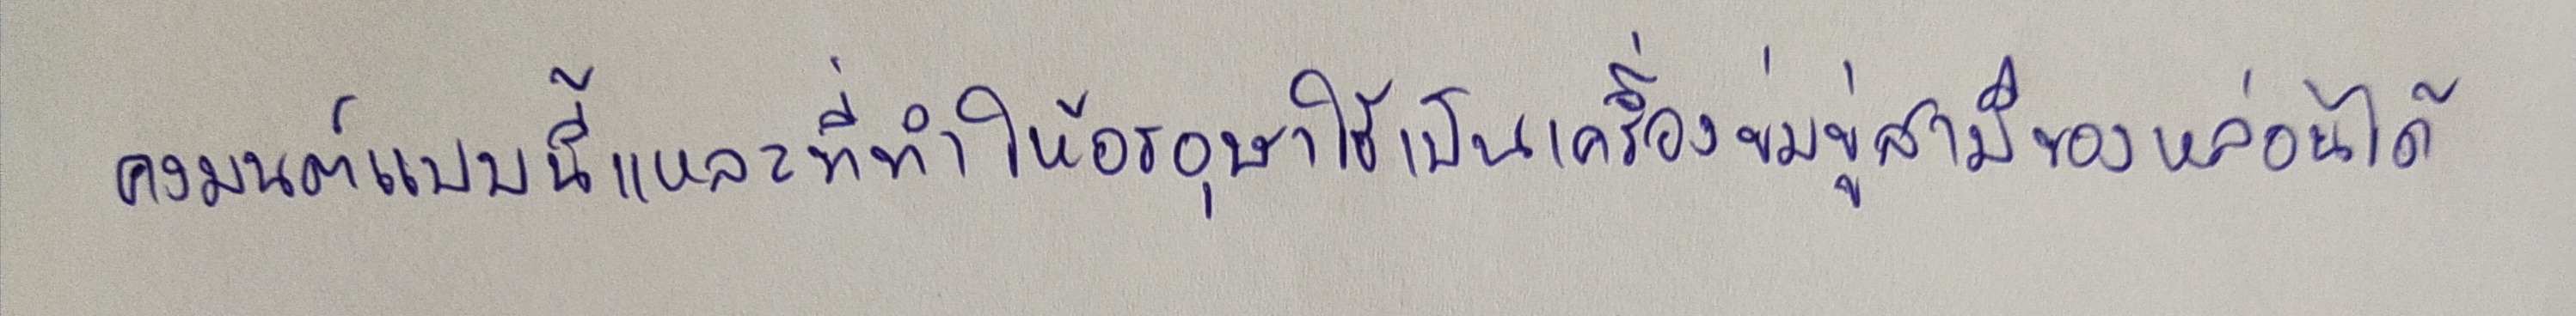
คงมนต์แบบนี้แหละที่ทำให้อรอุษาใช้เป็นเครื่องข่มขู่สามีของหล่อนได้